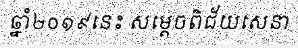
ឆ្នាំ២០១៩នេះ សម្តេចពិជ័យសេនា